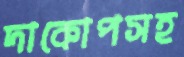
দাকোপসহ